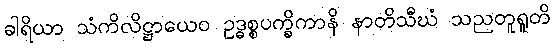
ခါရိယာ သံကိလိဋ္ဌာယေဝ ဥဒ္ဓစ္စပက္ခိကာနိ နာတိသီဃံ သညတူရူတိ